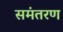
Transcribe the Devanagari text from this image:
समंतरण